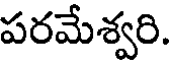
పరమేశ్వరి.